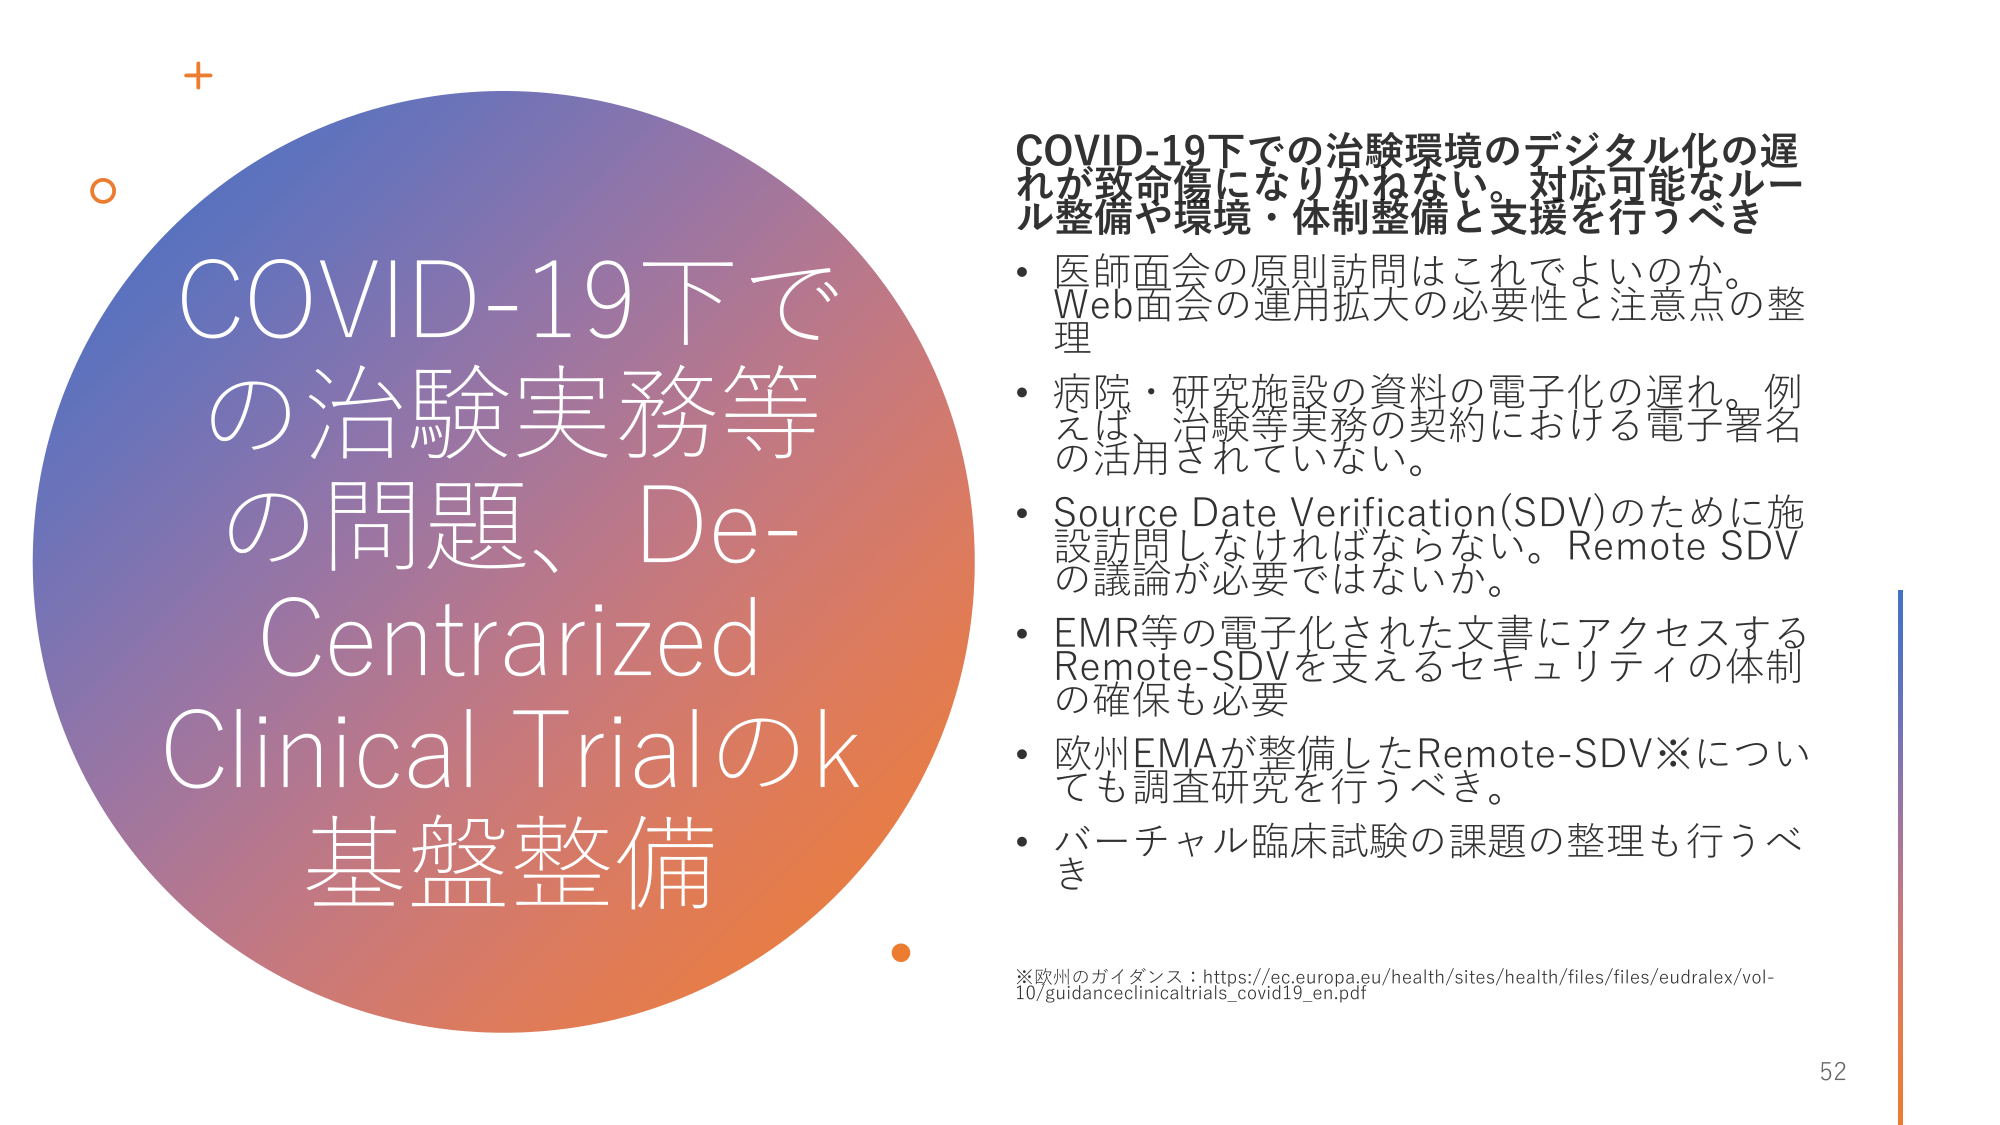
COVID-19下での治験実務等の問題、De-Centralized Clinical Trialの基盤整備

COVID-19下での治験環境のデジタル化の遅れが致命傷になりかねない。対応可能なルール整備や環境・体制整備と支援を行うべき

・医師面会の原則訪問はこれでよいのか。Web面会の運用拡大の必要性と注意点の整理
・病院・研究施設の資料の電子化の遅れ。例えば、治験等実務の契約における電子署名の活用されていない。
・Source Date Verification(SDV)のために施設訪問しなければならない。Remote SDVの議論が必要ではないか。
・EMR等の電子化された文書にアクセスするRemote-SDVを支えるセキュリティの体制の確保も必要
・欧州EMAが整備したRemote-SDV※についても調査研究を行うべき。
・バーチャル臨床試験の課題の整理も行うべき

※欧州のガイダンス：https://ec.europa.eu/health/sites/health/files/files/eudralex/vol-10/guidanceclinicaltrials_covid19_en.pdf

52